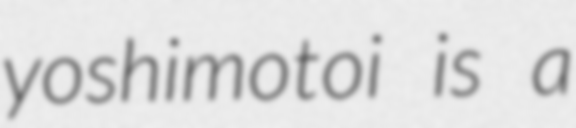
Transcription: yoshimotoi is a